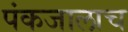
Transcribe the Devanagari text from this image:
पंकजालाच